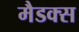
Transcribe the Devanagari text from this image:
मैडक्स